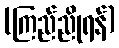
(ကြည်ညိုရန်)